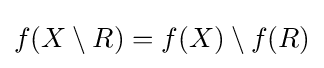
f(X\setminus R)=f(X)\setminus f(R)